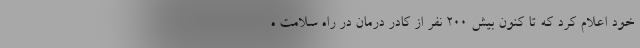
خود اعلام کرد که تا کنون بیش 200 نفر از کادر درمان در راه سلامت ه